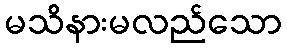
မသိနားမလည်သော